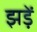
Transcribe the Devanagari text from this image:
झड़ें